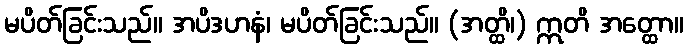
မပိတ်ခြင်းသည်။ အပိဒဟနံ၊ မပိတ်ခြင်းသည်။ (အတ္ထိ၊) ဣတိ အတ္ထော။